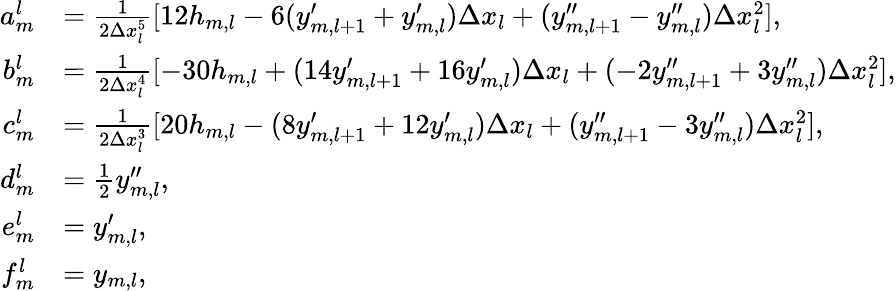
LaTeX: \begin{array}{rl}{a_{m}^{l}}&{=\frac{1}{2\Delta x_{l}^{5}}[12h_{m,l}-6(y_{m,l+1}^{\prime}+y_{m,l}^{\prime})\Delta x_{l}+(y_{m,l+1}^{\prime\prime}-y_{m,l}^{\prime\prime})\Delta x_{l}^{2}],}\\ {b_{m}^{l}}&{=\frac{1}{2\Delta x_{l}^{4}}[-30h_{m,l}+(14y_{m,l+1}^{\prime}+16y_{m,l}^{\prime})\Delta x_{l}+(-2y_{m,l+1}^{\prime\prime}+3y_{m,l}^{\prime\prime})\Delta x_{l}^{2}],}\\ {c_{m}^{l}}&{=\frac{1}{2\Delta x_{l}^{3}}[20h_{m,l}-(8y_{m,l+1}^{\prime}+12y_{m,l}^{\prime})\Delta x_{l}+(y_{m,l+1}^{\prime\prime}-3y_{m,l}^{\prime\prime})\Delta x_{l}^{2}],}\\ {d_{m}^{l}}&{=\frac{1}{2}y_{m,l}^{\prime\prime},}\\ {e_{m}^{l}}&{=y_{m,l}^{\prime},}\\ {f_{m}^{l}}&{=y_{m,l},}\end{array}